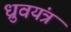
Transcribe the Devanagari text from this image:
ध्रुवयंत्र